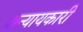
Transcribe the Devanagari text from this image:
अन्यायकारी